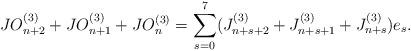
LaTeX: \begin{align*}JO_{n+2}^{(3)}+JO_{n+1}^{(3)}+JO_{n}^{(3)}=\sum_{s=0}^{7}(J_{n+s+2}^{(3)}+J_{n+s+1}^{(3)}+J_{n+s}^{(3)})e_{s}.\end{align*}